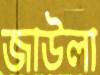
জাউলা